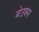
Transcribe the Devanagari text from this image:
बेउक्स